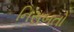
નિસબતો